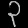
Digit: ၃